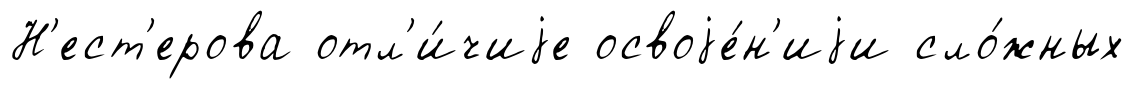
Н'ест'ерова отл'и́чиjе освоjе́н'иjи сло́жных